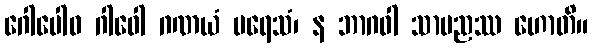
ဂေါပေါဝ ဂါဝေါ ဂဏယံ ပရေသံ၊ န ဘာဂဝါ သာမညဿ ဟောတိ။